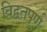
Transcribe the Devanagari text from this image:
विद्वतपूर्ण